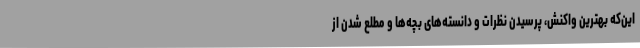
این‌که بهترین واکنش، پرسیدن نظرات و دانسته‌های بچه‌ها و مطلع شدن از